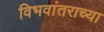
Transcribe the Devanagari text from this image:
विभवांतराच्या